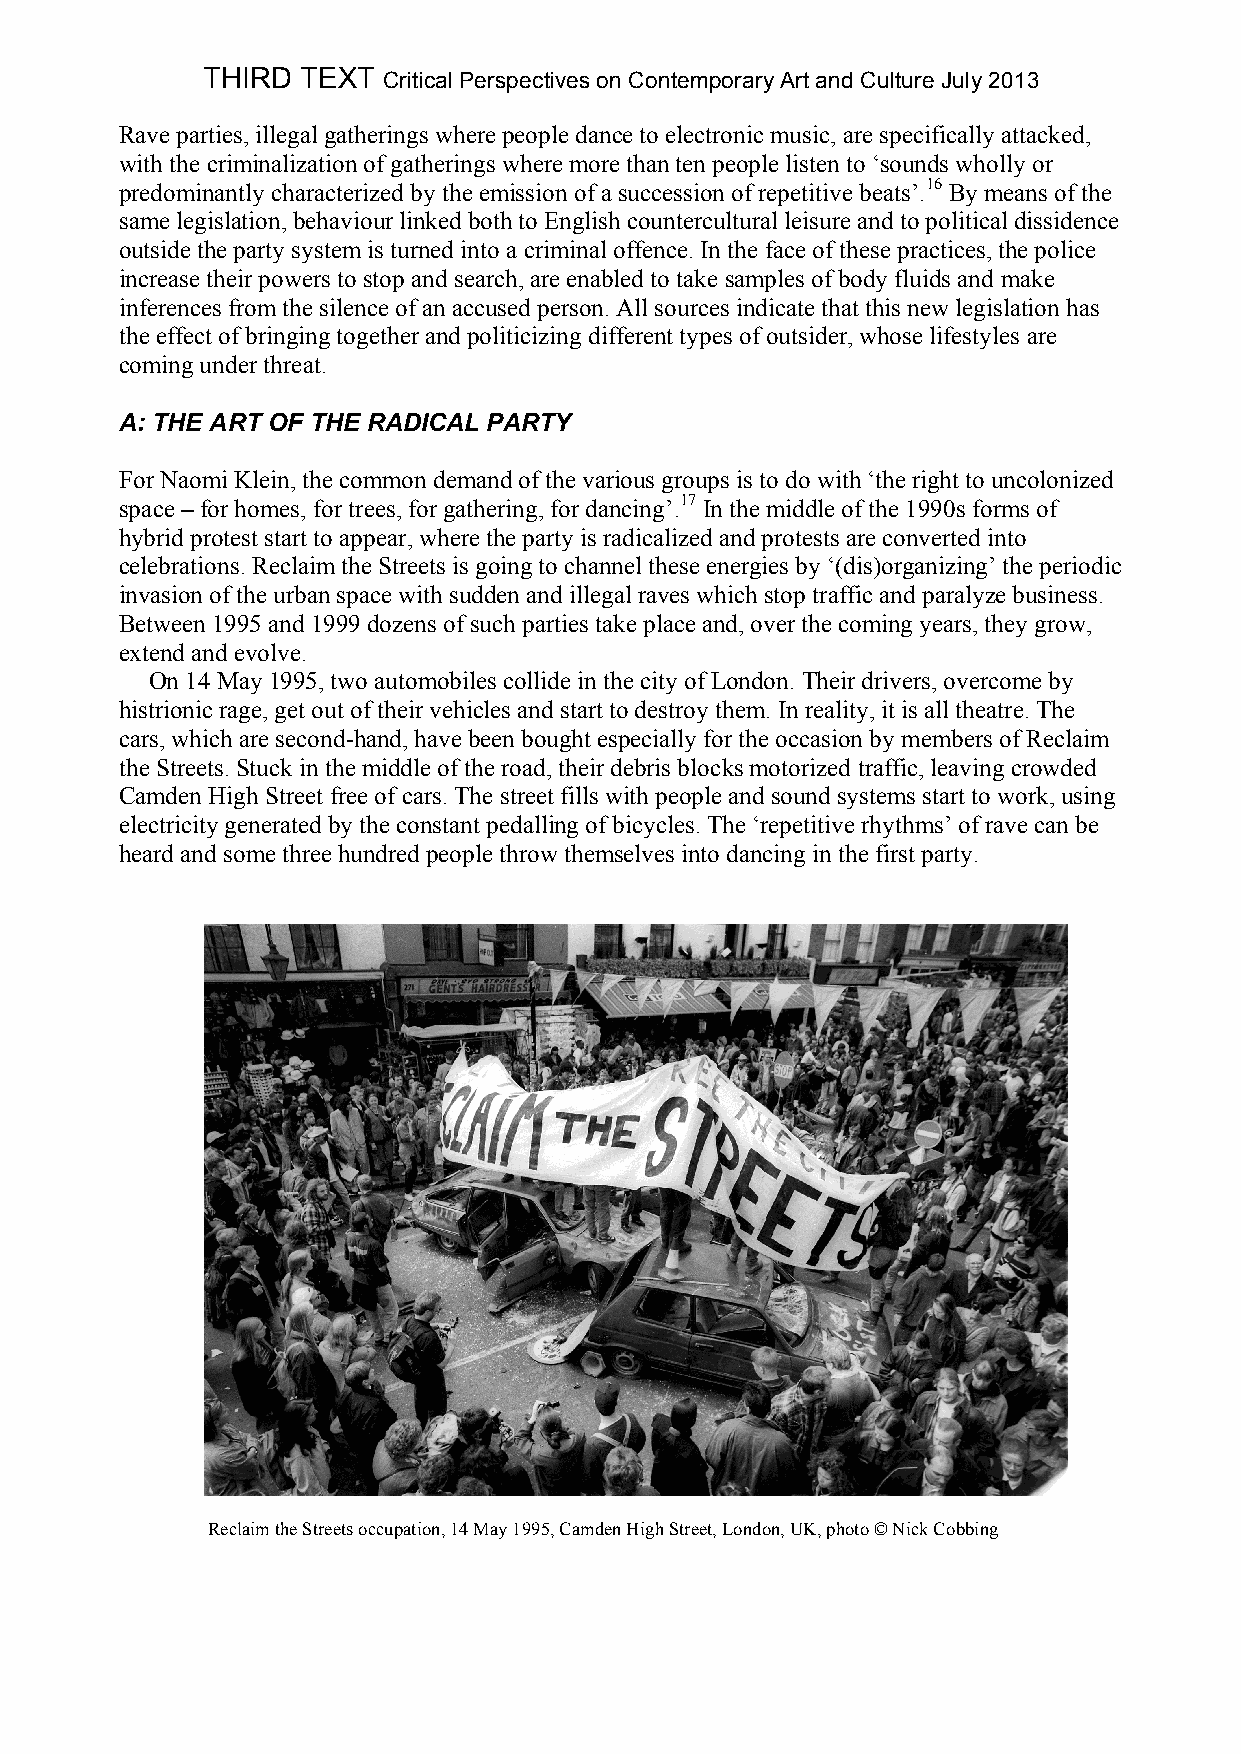
THIRD  TEXT Critical Perspectives on Contemporary Art and Culture July 2013
 Rave parties, illegal gatherings where people dance to electronic music, are specifically attacked,
 with the criminalization of gatherings where more than ten people listen to ‘sounds wholly or
 predominantly characterized by the emission of a succession of repetitive beats’.16 By means of the
 same legislation, behaviour linked both to English countercultural leisure and to political dissidence
 outside the party system is turned into a criminal offence. In the face of these practices, the police
 increase their powers to stop and search, are enabled to take samples of body fluids and make
 inferences from the silence of an accused person. All sources indicate that this new legislation has
 the effect of bringing together and politicizing different types of outsider, whose lifestyles are
 coming under threat.
 A: THE ART OF THE RADICAL PARTY
 For Naomi Klein, the common demand of the various groups is to do with ‘the right to uncolonized
 space – for homes, for trees, for gathering, for dancing’.17 In the middle of the 1990s forms of
 hybrid protest start to appear, where the party is radicalized and protests are converted into
 celebrations. Reclaim the Streets is going to channel these energies by ‘(dis)organizing’ the periodic
 invasion of the urban space with sudden and illegal raves which stop traffic and paralyze business.
 Between 1995 and 1999 dozens of such parties take place and, over the coming years, they grow,
 extend and evolve.
 On 14 May 1995, two automobiles collide in the city of London. Their drivers, overcome by
 histrionic rage, get out of their vehicles and start to destroy them. In reality, it is all theatre. The
 cars, which are second-hand, have been bought especially for the occasion by members of Reclaim
 the Streets. Stuck in the middle of the road, their debris blocks motorized traffic, leaving crowded
 Camden High Street free of cars. The street fills with people and sound systems start to work, using
 electricity generated by the constant pedalling of bicycles. The ‘repetitive rhythms’ of rave can be
 heard and some three hundred people throw themselves into dancing in the first party.
 Reclaim the Streets occupation, 14 May 1995, Camden High Street, London, UK, photo © Nick Cobbing